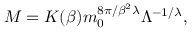
M = { \cal K } ( \beta ) m _ { 0 } ^ { { 8 \pi } / { \beta ^ { 2 } \lambda } } \Lambda ^ { - { 1 } / { \lambda } } ,